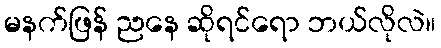
မနက်ဖြန် ညနေ ဆိုရင်ရော ဘယ်လိုလဲ။